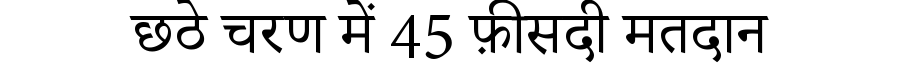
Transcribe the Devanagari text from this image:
छठे चरण में 45 फ़ीसदी मतदान